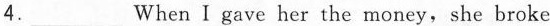
4.___When I gave her the money,she broke